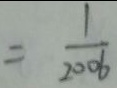
= \frac { 1 } { 2 0 0 6 }